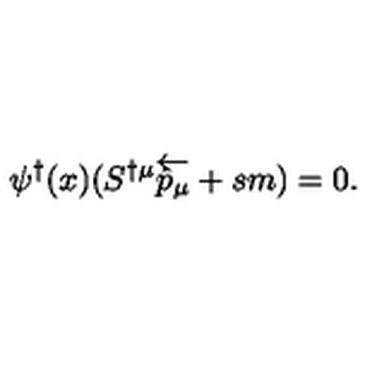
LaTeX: \psi ^ { \dagger } ( x ) ( S ^ { \dagger \mu } \overleftarrow { { \hat { p } } _ { \mu } } + s m ) = 0 .